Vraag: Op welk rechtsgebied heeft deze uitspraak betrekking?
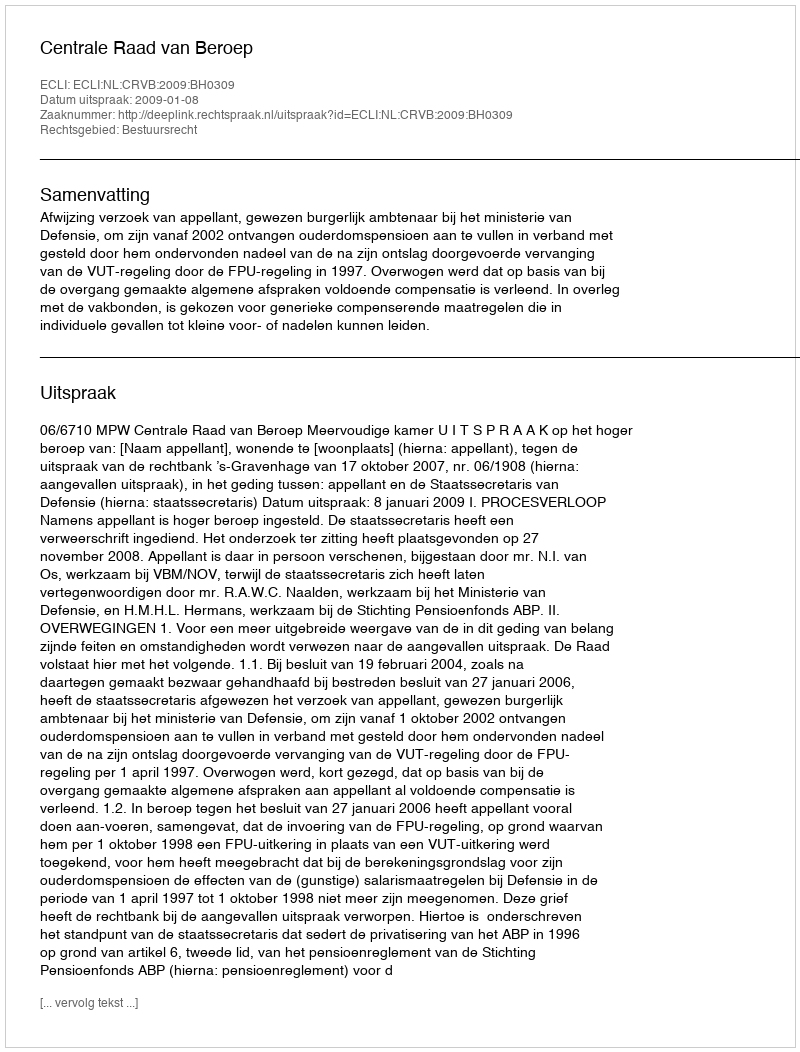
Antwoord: Bestuursrecht